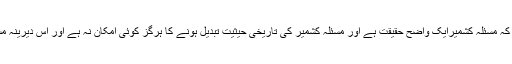
15 مئی2018ء) آزادکشمیرحکومت کے وزیر جیلخانہ جات چوہدری محمد اسحق نے کہا ہے کہ مسئلہ کشمیرایک واضح حقیقت ہے اور مسئلہ کشمیر کی تاریخی حیثیت تبدیل ہونے کا ہرگز کوئی امکان نہ ہے اور اس دیرینہ مسئلہ کا پرامن اور پائیدار حل اقوام متحدہ کی کشمیرقراردادوں پر عملد رآمد ہی میں مضمر ہے ۔